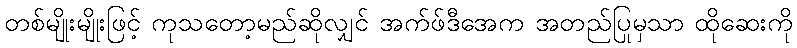
တစ်မျိုးမျိုးဖြင့် ကုသတော့မည်ဆိုလျှင် အက်ဖ်ဒီအေက အတည်ပြုမှသာ ထိုဆေးကို